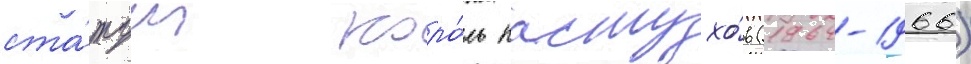
ста́туи коро́ль пастухо́в (1964-1966)